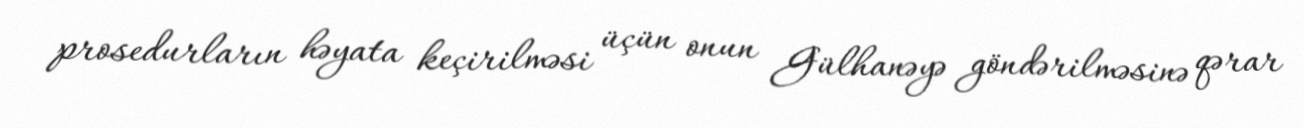
prosedurların həyata keçirilməsi üçün onun Gülhanəyə göndərilməsinə qərar